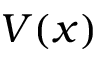
V ( x )